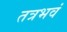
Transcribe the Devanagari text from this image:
तत्रभवं